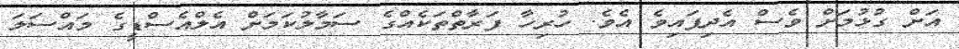
އަށް ގުޅުމަށް ވެސް އެދިފައިވެ އެވެ. ހުރިހާ ފަރާތްތަކެއްގެ ސަމާލުކަމަށް އެލްއެސްޑީގެ މައްސަލަ